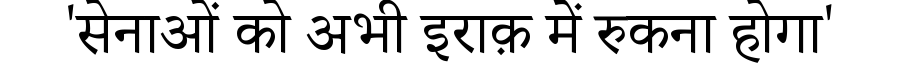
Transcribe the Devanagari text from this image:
'सेनाओं को अभी इराक़ में रुकना होगा'